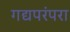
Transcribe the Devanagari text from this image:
गद्यपरंपरा